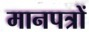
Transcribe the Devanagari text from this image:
मानपत्रों